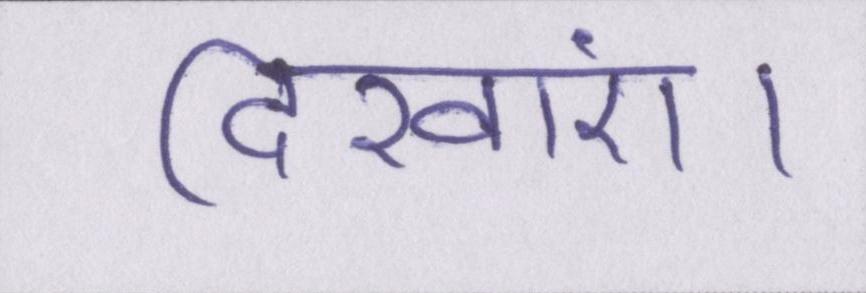
दिखाएं।